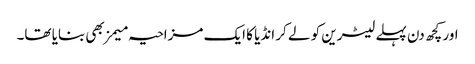
اور کچھ دن پہلے لیٹرین کو لے کر انڈیا کا ایک مزاحیہ میمز بھی بنایا تھا۔